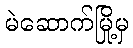
မဲဆောက်မြို့မှ